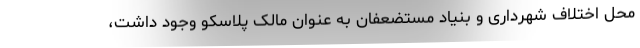
محل اختلاف شهرداری و بنیاد مستضعفان به عنوان مالک پلاسکو وجود داشت،